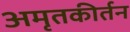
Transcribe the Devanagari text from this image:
अमृतकीर्तन